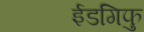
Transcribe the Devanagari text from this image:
ईडगिफु